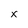
Character: x